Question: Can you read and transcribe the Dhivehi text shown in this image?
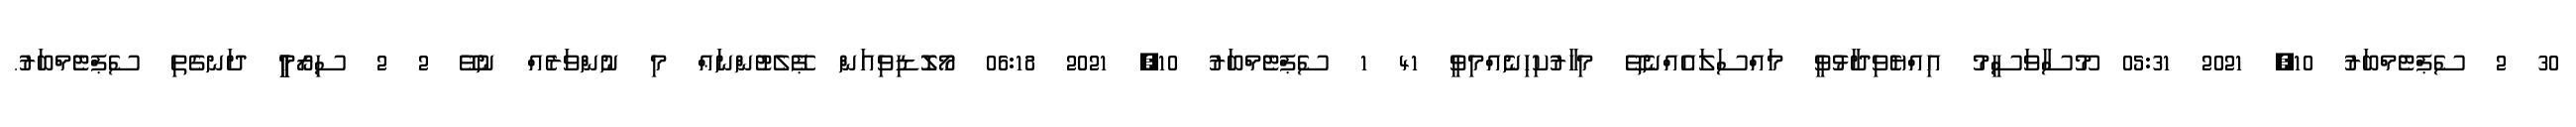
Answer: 30 2 ސެޕްޓެމްބަރު 10, 2021 05:31 މޫސާވަސީމު އިއްޔެވިދާޅުވީ މައްސަލައެއްނެތޭ މިހާރުކިހިނެއްމިވީ 41 1 ސެޕްޓެމްބަރު 10, 2021 06:18 މޯލޮޑިވިއަން ޕޭލެޓުންނަޢް މި ނުންވަރެއް ނުވޭ 2 2 ސިރޯމީީީ ދަނގެތި ސެޕްޓެމްބަރު.